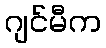
ဂျင်မီက